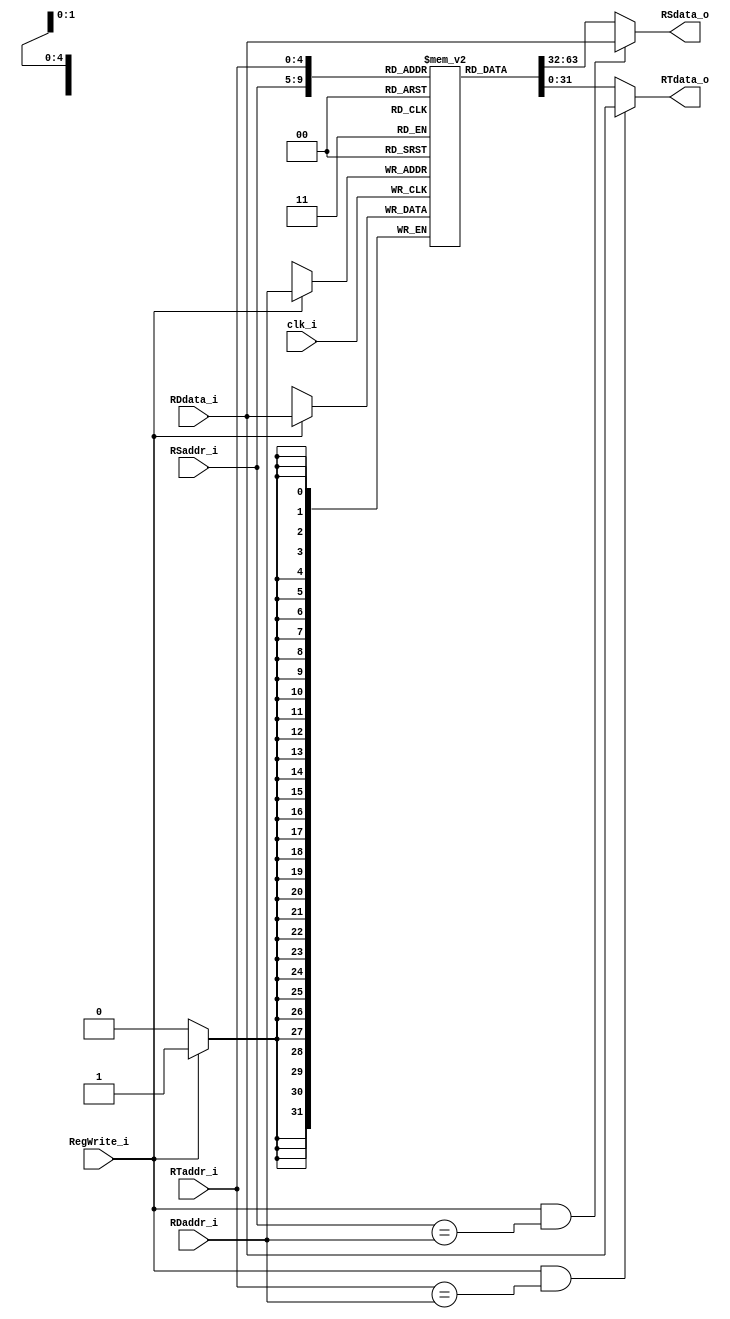
module Registers
(
    clk_i,
    RSaddr_i,
    RTaddr_i,
    RDaddr_i, 
    RDdata_i,
    RegWrite_i, 
    RSdata_o, 
    RTdata_o 
);

// Ports
input               clk_i;
input   [4:0]       RSaddr_i;
input   [4:0]       RTaddr_i;
input   [4:0]       RDaddr_i;
   
input   [31:0]      RDdata_i;
input               RegWrite_i;
   
output  [31:0]      RSdata_o; 
output  [31:0]      RTdata_o;

// Register File
reg     [31:0]      register        [0:31];

// Read Data      
assign  RSdata_o = (RegWrite_i&&(RSaddr_i==RDaddr_i))? RDdata_i:register[RSaddr_i];
assign  RTdata_o = (RegWrite_i&&(RTaddr_i==RDaddr_i))? RDdata_i:register[RTaddr_i];

// Write Data   
always@(posedge clk_i) begin
    if(RegWrite_i)
        register[RDaddr_i] = RDdata_i;
end
   
endmodule